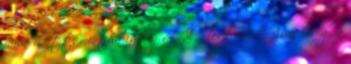
fáraó előtt, mintha isten volnál. Testvéred, Áron pedig a